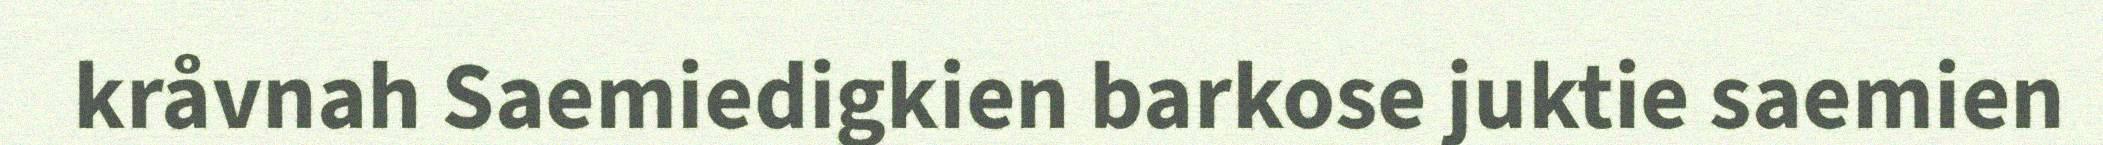
kråvnah Saemiedigkien barkose juktie saemien